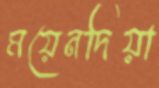
ময়েনদিয়া